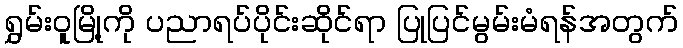
ရွှမ်းဝူမြို့ကို ပညာရပ်ပိုင်းဆိုင်ရာ ပြုပြင်မွမ်းမံရန်အတွက်